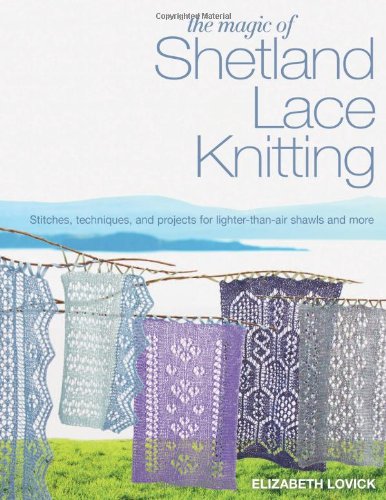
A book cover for The Magic of Shetland Lace Knitting: Stitches, Techniques, and Projects for Lighter-than-Air Shawls & More; Elizabeth Lovick; Crafts, Hobbies & Home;